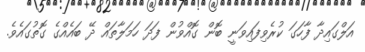
އަލްގައިދާ ފާހަގަ ކުރެވިފައިވަނީ ބޮން ގޮއްވުން ފަދަ ހަމަލާތައް ދޭ ބައެއްގެ ގޮތުގައެވެ.